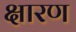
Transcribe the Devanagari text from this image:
क्षारण